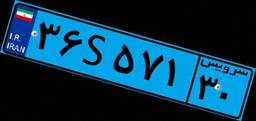
۳۶S۵۷۱۳۰